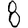
Digit: 8